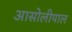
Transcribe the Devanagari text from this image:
आसोलीपाल